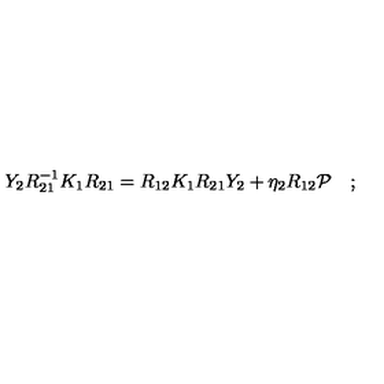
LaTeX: Y _ { 2 } R _ { 2 1 } ^ { - 1 } K _ { 1 } R _ { 2 1 } = R _ { 1 2 } K _ { 1 } R _ { 2 1 } Y _ { 2 } + \eta _ { 2 } R _ { 1 2 } { \cal P } \quad ; \,